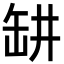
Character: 𬙍